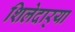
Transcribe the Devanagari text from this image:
शिलेदार्‍या